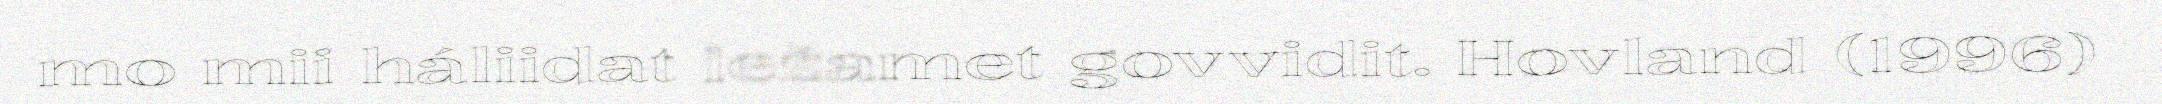
mo mii háliidat iežamet govvidit. Hovland (1996)